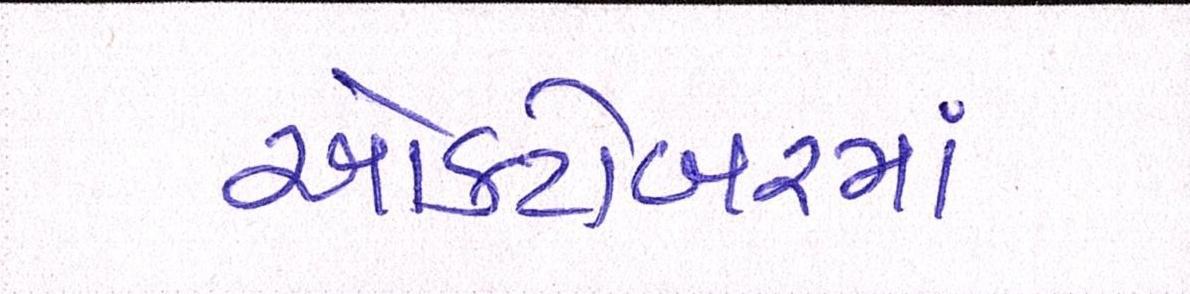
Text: ઓક્ટોબરમાં